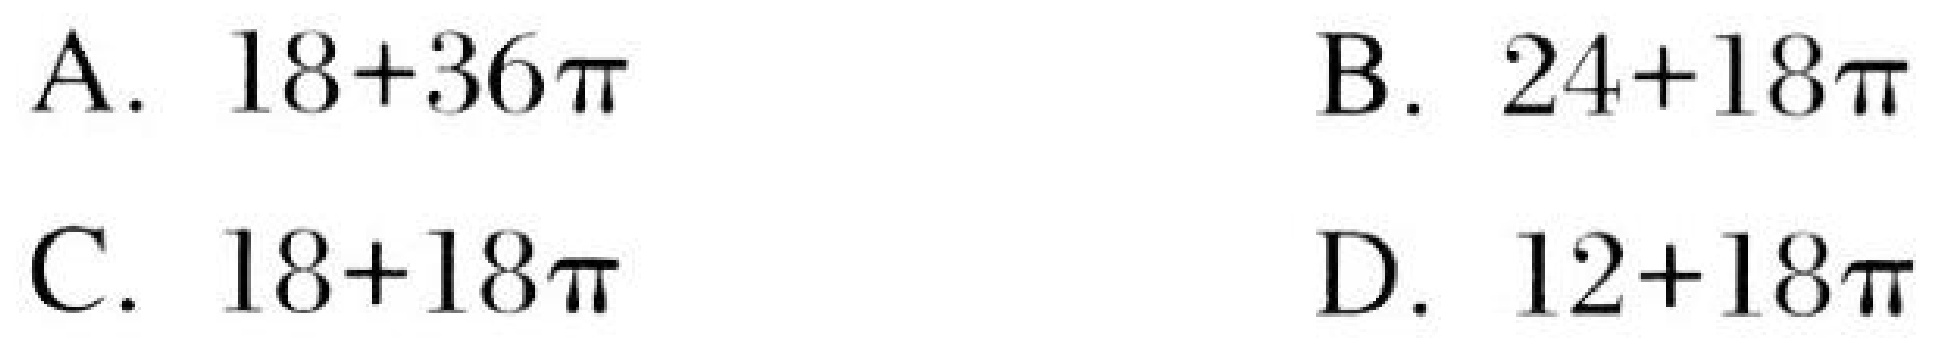
\[
\begin{array}{ll}
\text{A. }18 + 36\pi & \text{B. }24+18\pi\\
\text{C. }18 + 18\pi & \text{D. }12+18\pi
\end{array}
\]